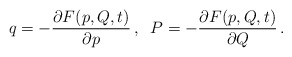
\begin{align*}q = - \frac{ \partial F ( p , Q , t)}{ \partial p} \, ,\; \; P = - \frac{ \partial F (p, Q, t)}{ \partial Q} \, .\end{align*}